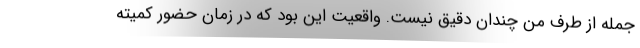
جمله از طرف من چندان دقیق نیست. واقعیت این بود که در زمان حضور کمیته